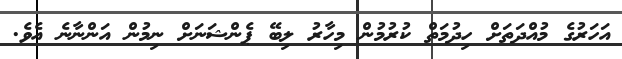
އަހަރުގެ މުއްދަތަށް ހިދުމަތް ކުރުމުން މިހާރު ލިބޭ ޕެންޝަނަށް ނިމުން އަންނާނެ އެވެ.